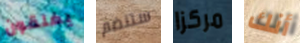
يغلقون ستنضم مركزا أنك